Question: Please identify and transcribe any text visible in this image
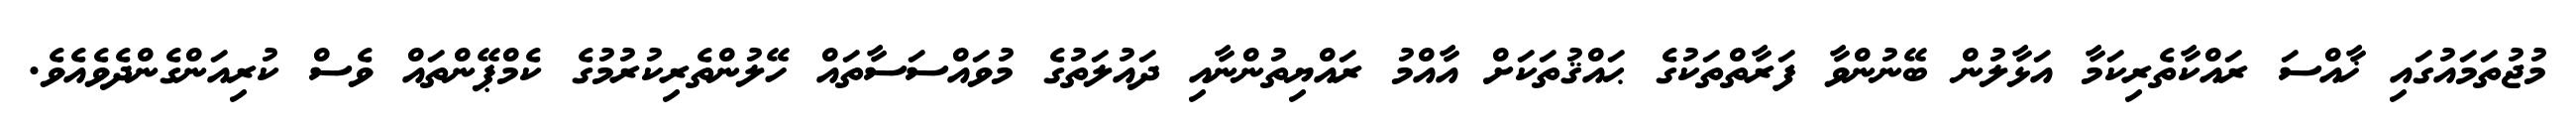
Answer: މުޖުތަމައުގައި ޚާއްސަ ރައްކާތެރިކަމާ އަޅާލުން ބޭނުންވާ ފަރާތްތަކުގެ ޙައްޤުތަކަށް އާއްމު ރައްޔިތުންނާއި ދައުލަތުގެ މުވައްސަސާތައް ހޭލުންތެރިކުރުމުގެ ކެމްޕޭންތައް ވެސް ކުރިއަންގެންދެވެއެވެ.